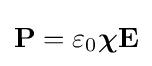
\mathbf {P} =\varepsilon _{0}{\boldsymbol {\chi }}\mathbf {E}